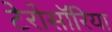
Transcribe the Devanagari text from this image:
टेरोसॉरिया